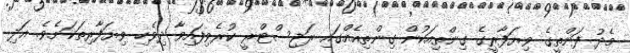
މެދު ފަންތީގެ ވިޔަފާރީގެ ގިންތިއަކުން ގިންތިއެއްގައި ރަޖިސްޓްރީ ކުރެވިފައިވާ ދިވެހި ވިޔަފާރިތަކަށެވެ. އަދި